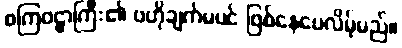
စကြဝဠာကြီး၏ ဗဟိုချက်မပင် ဖြစ်နေပေလိမ့်မည်။